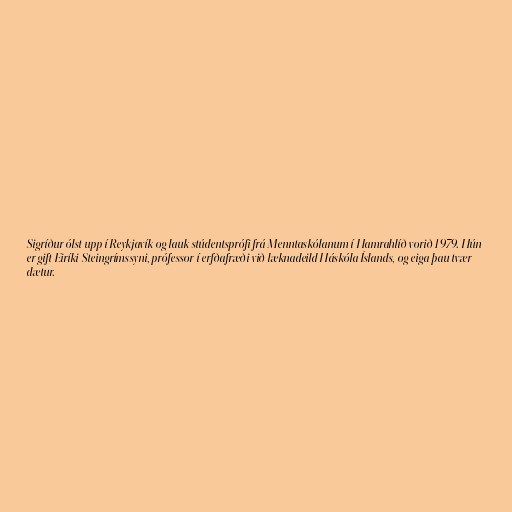
Sigríður ólst upp í Reykjavík og lauk stúdentsprófi frá Menntaskólanum í Hamrahlíð vorið 1979. Hún
er gift Eiríki Steingrímssyni, prófessor í erfðafræði við læknadeild Háskóla Íslands, og eiga þau tvær
dætur.